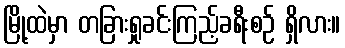
မြို့ထဲမှာ တခြားရှုခင်းကြည့်ခရီးစဉ် ရှိလား။